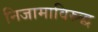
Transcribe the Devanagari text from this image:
निजामाविरुद्ध